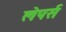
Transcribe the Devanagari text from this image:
लेपर्स